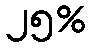
၂၅%